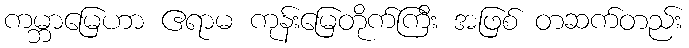
ကမ္ဘာမြေဟာ ဧရာမ ကုန်းမြေတိုက်ကြီး အဖြစ် တဆက်တည်း